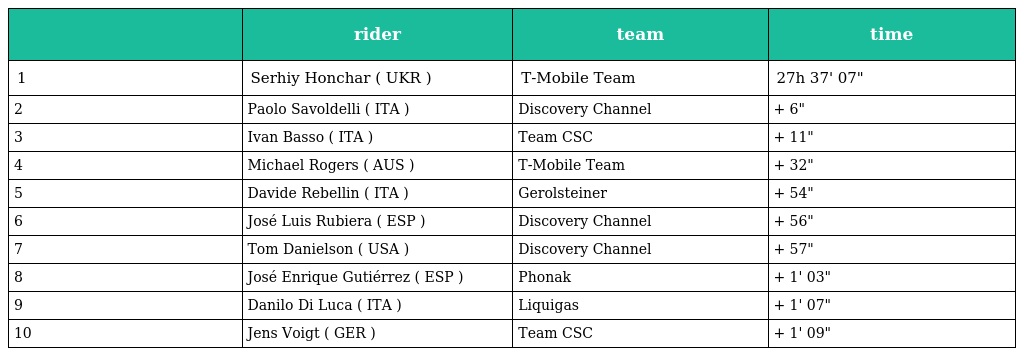
|  | rider | team | time |
 | --- | --- | --- | --- |
 | 1 | Serhiy Honchar ( UKR ) | T-Mobile Team | 27h 37' 07" |
 | 2 | Paolo Savoldelli ( ITA ) | Discovery Channel | + 6" |
 | 3 | Ivan Basso ( ITA ) | Team CSC | + 11" |
 | 4 | Michael Rogers ( AUS ) | T-Mobile Team | + 32" |
 | 5 | Davide Rebellin ( ITA ) | Gerolsteiner | + 54" |
 | 6 | José Luis Rubiera ( ESP ) | Discovery Channel | + 56" |
 | 7 | Tom Danielson ( USA ) | Discovery Channel | + 57" |
 | 8 | José Enrique Gutiérrez ( ESP ) | Phonak | + 1' 03" |
 | 9 | Danilo Di Luca ( ITA ) | Liquigas | + 1' 07" |
 | 10 | Jens Voigt ( GER ) | Team CSC | + 1' 09" |